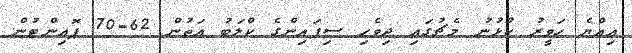
އިއްޔެ ހަވީރު ކުޅުނު މެޗުގައި ދިވެހި ސިފައިންގެ ކްލަބު އަތުން 62-70 ޕޮއިންޓުން